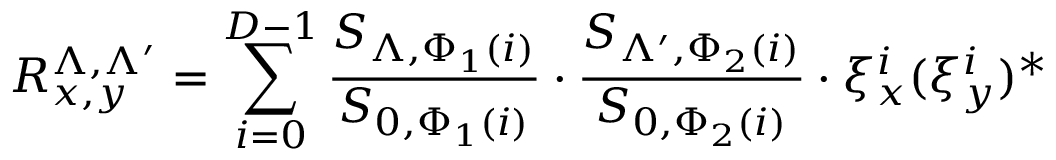
R _ { x , y } ^ { \Lambda , \Lambda ^ { \prime } } = \sum _ { i = 0 } ^ { D - 1 } \frac { S _ { \Lambda , \Phi _ { 1 } ( i ) } } { S _ { 0 , \Phi _ { 1 } ( i ) } } \cdot \frac { S _ { \Lambda ^ { \prime } , \Phi _ { 2 } ( i ) } } { S _ { 0 , \Phi _ { 2 } ( i ) } } \cdot \xi _ { x } ^ { i } ( \xi _ { y } ^ { i } ) ^ { * }